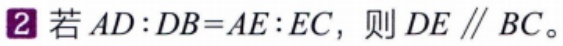
2 若 \(AD:DB = AE:EC\)，则 \(DE\parallel BC\)。